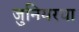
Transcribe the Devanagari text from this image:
जुनियरचा